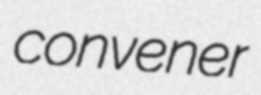
convener